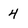
Character: 4